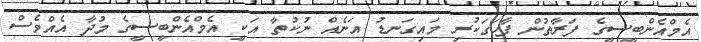
އެމްއެންބީސީގެ ފަރާތުން ފާހަގަކުރި މައިގަނޑު އަނެއް ނުކުތާ އަކީ އެމްއެންބީސީގެ މުދާ އެއްވެސް